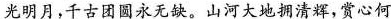
光明月，千古团圆永无缺。山河大地拥清辉，赏心何